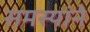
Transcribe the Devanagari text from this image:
समस्यांने